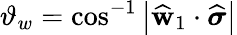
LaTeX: \vartheta_{w}=\cos^{-1}\left|\widehat{\mathbf{w}}_{1}\cdot\widehat{\boldsymbol{\sigma}}\right|